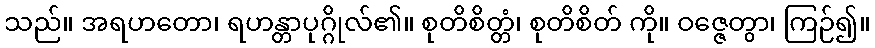
သည်။ အရဟတော၊ ရဟန္တာပုဂ္ဂိုလ်၏။ စုတိစိတ္တံ၊ စုတိစိတ် ကို။ ဝဇ္ဇေတွာ၊ ကြဉ်၍။